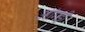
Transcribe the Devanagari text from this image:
आंगड़ी